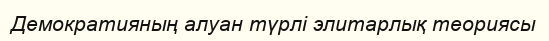
Демократияның алуан түрлі элитарлық теориясы